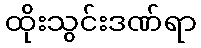
ထိုးသွင်းဒဏ်ရာ